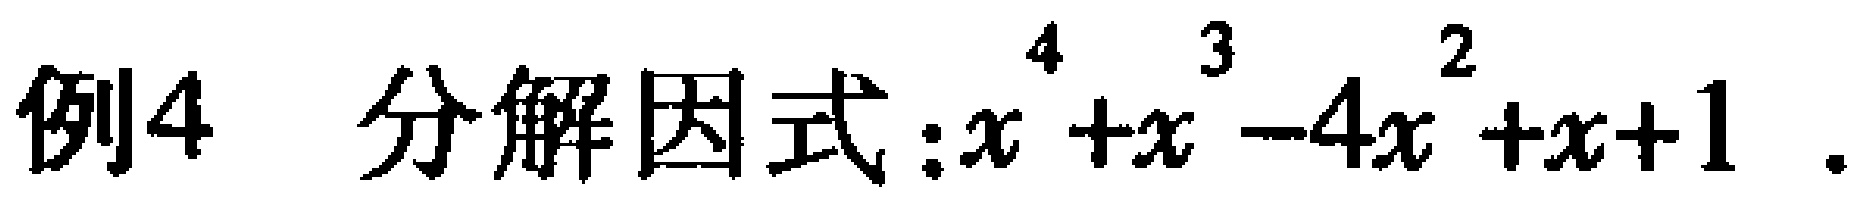
例4 分解因式：\(x^{4}+x^{3}-4x^{2}+x + 1\) .